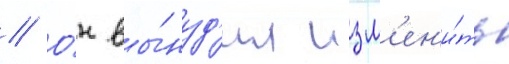
// О́н вы́нуд'ил изм'ен'и́ть